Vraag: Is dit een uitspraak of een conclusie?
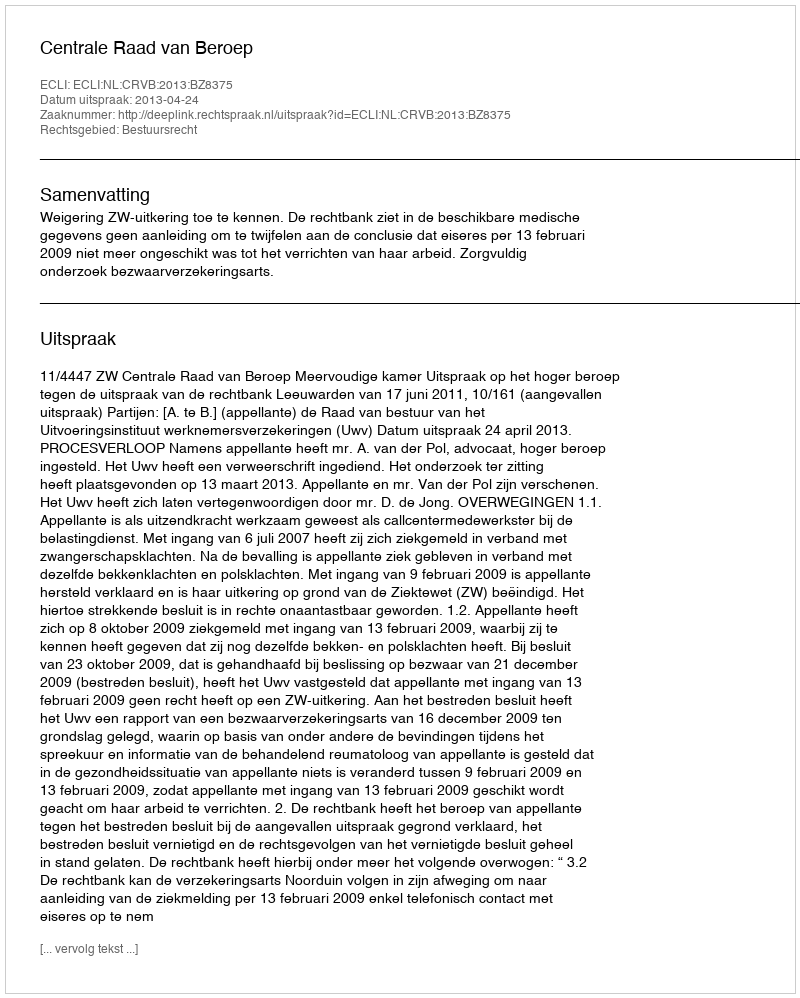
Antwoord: Uitspraak